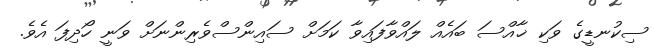
ސިކުނޑީގެ ވަކި ޚާއްސަ ބައެއް ލައްވާފައިވާ ކަމަށް ސައިންސްވެރިންނަށް ވަނީ ހޯދިފަ އެވެ.